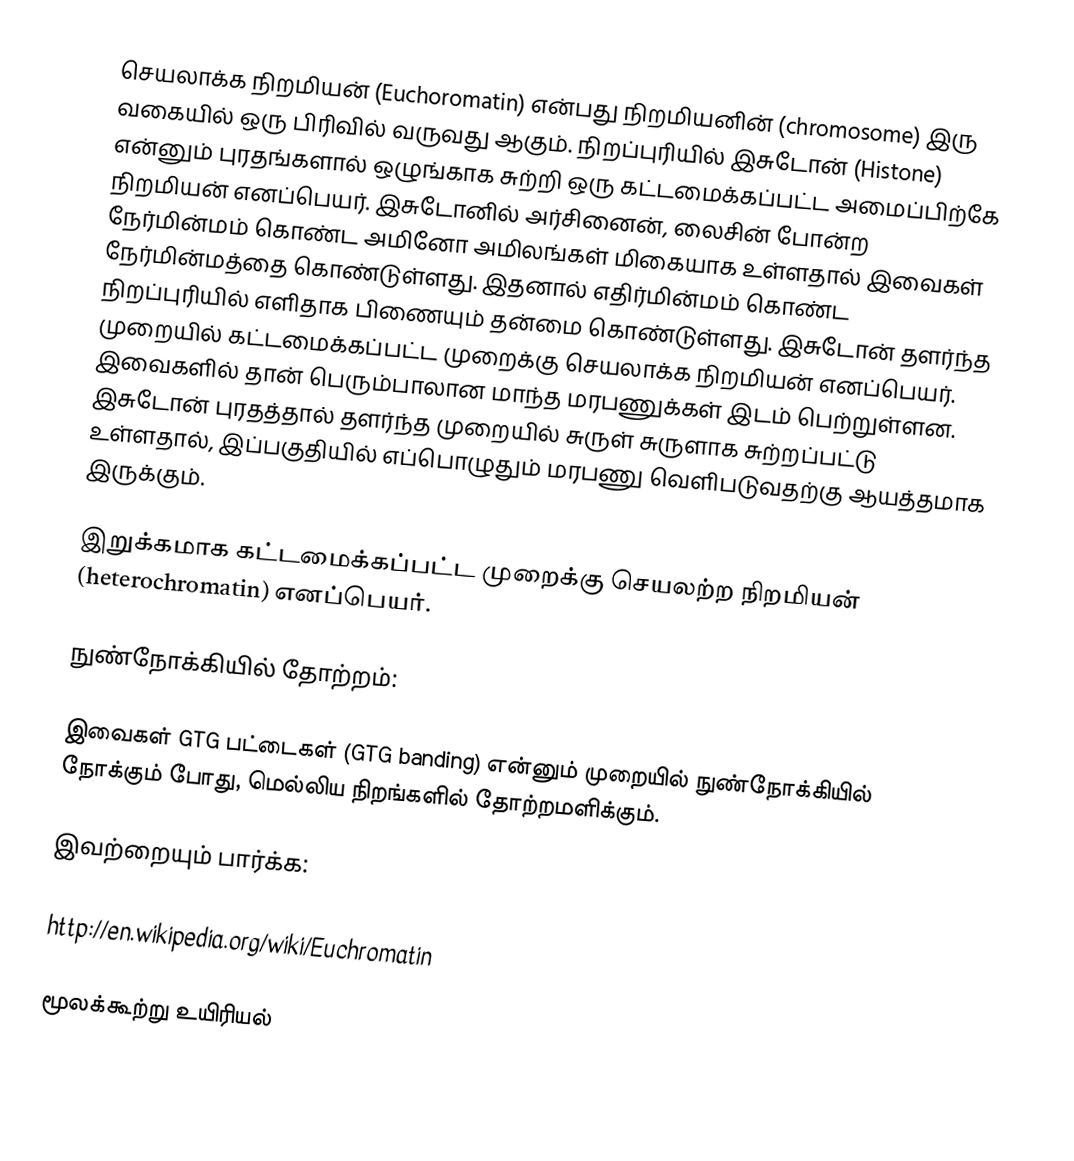
செயலாக்க நிறமியன் (Euchoromatin) என்பது நிறமியனின் (chromosome) இரு வகையில் ஒரு பிரிவில் வருவது ஆகும். நிறப்புரியில் இசுடோன் (Histone) என்னும் புரதங்களால் ஒழுங்காக சுற்றி ஒரு கட்டமைக்கப்பட்ட  அமைப்பிற்கே நிறமியன் எனப்பெயர். இசுடோனில் அர்சினைன், லைசின் போன்ற நேர்மின்மம் கொண்ட அமினோ அமிலங்கள் மிகையாக உள்ளதால் இவைகள் நேர்மின்மத்தை கொண்டுள்ளது. இதனால் எதிர்மின்மம் கொண்ட நிறப்புரியில் எளிதாக பிணையும் தன்மை கொண்டுள்ளது.  இசுடோன் தளர்ந்த முறையில்   கட்டமைக்கப்பட்ட முறைக்கு  செயலாக்க நிறமியன் எனப்பெயர். இவைகளில் தான் பெரும்பாலான மாந்த மரபணுக்கள் இடம் பெற்றுள்ளன. இசுடோன் புரதத்தால் தளர்ந்த முறையில் சுருள் சுருளாக சுற்றப்பட்டு உள்ளதால், இப்பகுதியில் எப்பொழுதும் மரபணு வெளிபடுவதற்கு ஆயத்தமாக இருக்கும்.

இறுக்கமாக கட்டமைக்கப்பட்ட முறைக்கு செயலற்ற நிறமியன் (heterochromatin) எனப்பெயர்.

நுண்நோக்கியில் தோற்றம்:

இவைகள் GTG பட்டைகள் (GTG banding) என்னும் முறையில் நுண்நோக்கியில் நோக்கும் போது, மெல்லிய நிறங்களில் தோற்றமளிக்கும்.

இவற்றையும் பார்க்க:

http://en.wikipedia.org/wiki/Euchromatin

மூலக்கூற்று உயிரியல்